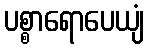
ပစ္စာရောပေယျံ